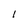
Character: l